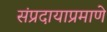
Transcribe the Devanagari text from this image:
संप्रदायाप्रमाणे